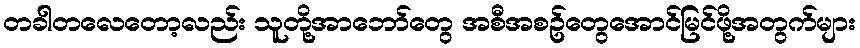
တခါတလေတော့လည်း သူတို့အာဘော်တွေ အစီအစဥ်တွေအောင်မြင်ဖို့အတွက်များ